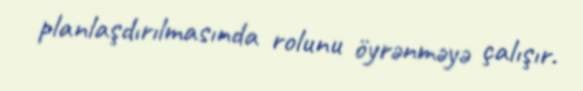
planlaşdırılmasında rolunu öyrənməyə çalışır.